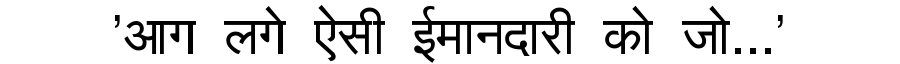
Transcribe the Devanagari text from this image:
'आग लगे ऐसी ईमानदारी को जो...'